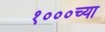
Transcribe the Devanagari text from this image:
१०००च्या